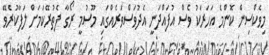
މިވެކްސިން ކޮންމެ އަހަރަކު ވެސް އުފައްދަނީ އެދުވަސްވަރެއްގައި މޫސުމީ ރޯގާ ފެތުރޭކަމަށް ލަފާކުރެވޭ